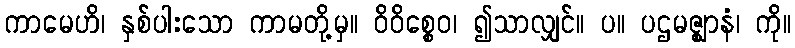
ကာမေဟိ၊ နှစ်ပါးသော ကာမတို့မှ။ ဝိဝိစ္စေဝ၊ ၍သာလျှင်။ ပ။ ပဌမဇ္ဈာနံ၊ ကို။